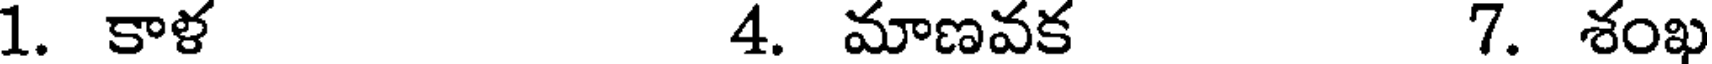
1. కాళ 4. మాణవక 7. శంఖ